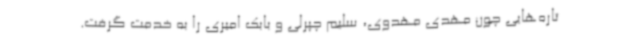
تاره‌هایی چون مهدی مهدوی، سلیم چپرلی و بابک امیری را به خدمت گرفت.